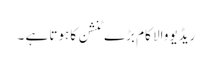
ریڈیو والا کام بڑے ٹنشن کا ہوتا ہے ۔